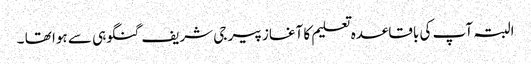
البتہ آپ کی باقاعدہ تعلیم کا آغاز پیر جی شریف گنگوہی سے ہوا تھا ۔